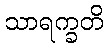
သာရက္ခတိ